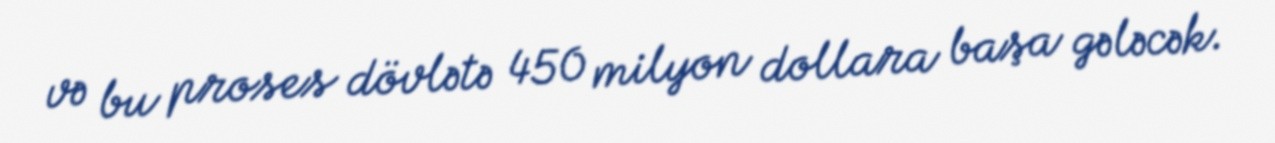
və bu proses dövlətə 450 milyon dollara başa gələcək.